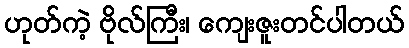
ဟုတ်ကဲ့ ဗိုလ်ကြီး၊ ကျေးဇူးတင်ပါတယ်